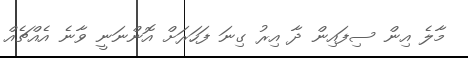
މާލެ އިން ސިފައިން ދާ އިރު ގިނަ ފަހަރަށް އޮންނަނީ ވާނެ އެއްޗެއް